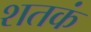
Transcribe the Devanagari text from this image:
शतकं